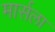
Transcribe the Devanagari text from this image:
मार्सला